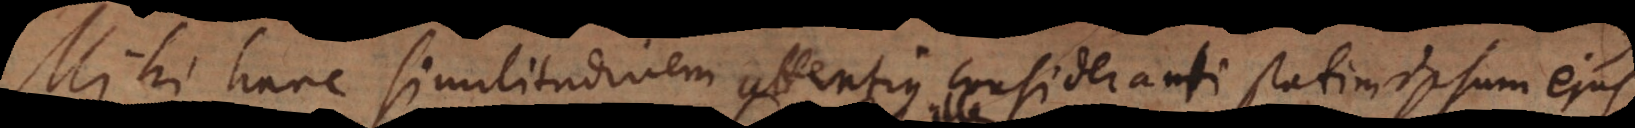
Mihi hanc similitudinem attentius consideranti, statim ipsum ejus